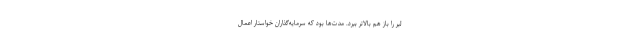
لیر را باز هم بالاتر ببرد. مدت‌ها بود که سرمایه‌گذاران خواستار اعمال